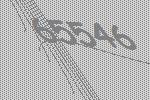
65546